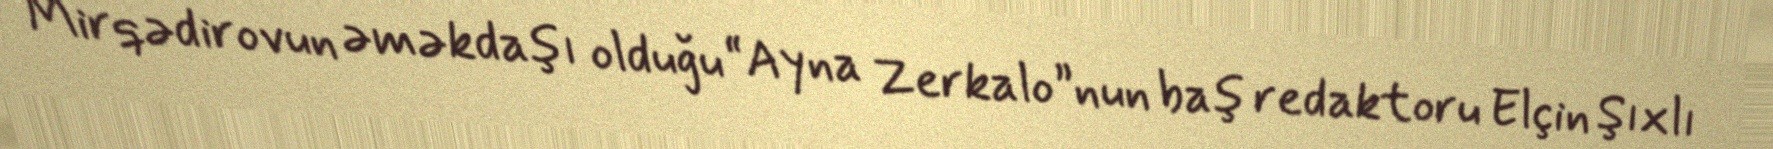
Mirqədirovun əməkdaşı olduğu “Ayna Zerkalo”nun baş redaktoru Elçin Şıxlı